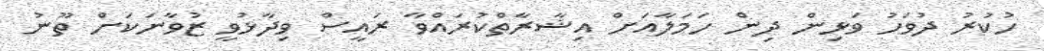
ހުކުރު ދުވަހު ވަޅިން ދިން ހަމަލާއަށް އިޝާރާތްކުރައްވާ ރައީސް ވިދާޅުވީ ޒުވާނަކަށް ތޫނު